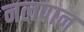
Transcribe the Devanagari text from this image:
नलपान